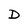
Character: D